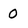
Character: 0